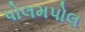
પોલમપોલ